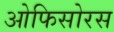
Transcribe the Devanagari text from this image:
ओफिसोरस